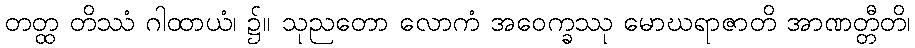
တတ္ထ တိဿံ ဂါထာယံ၊ ၌။ သုညတော လောကံ အဝေက္ခဿု မောဃရာဇာတိ အာဏတ္တီတိ၊